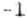
-1